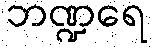
ဘဏ္ဍရေ